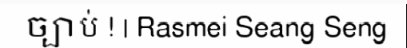
ច្បាប់ ! | Rasmei Seang Seng